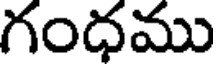
గంధము